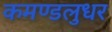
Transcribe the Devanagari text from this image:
कमण्डलुधर